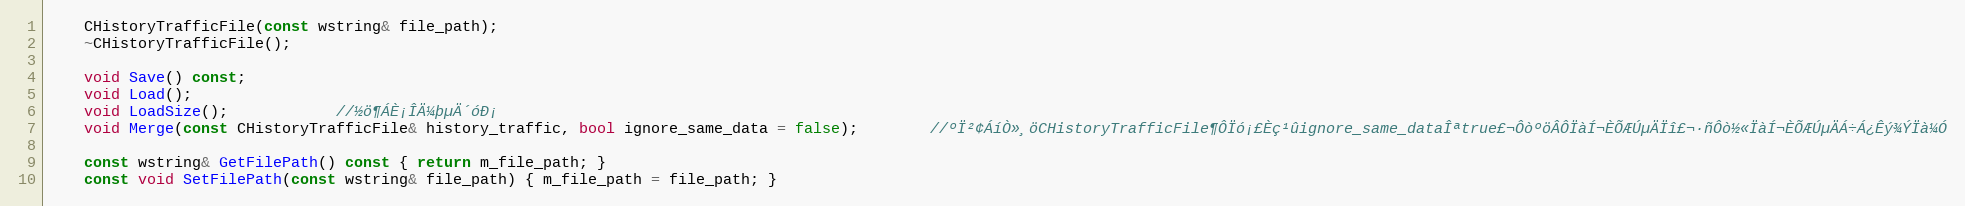
Language: C
	CHistoryTrafficFile(const wstring& file_path);
	~CHistoryTrafficFile();

	void Save() const;
	void Load();
	void LoadSize();			//½ö¶ÁÈ¡ÎÄ¼þµÄ´óÐ¡
	void Merge(const CHistoryTrafficFile& history_traffic, bool ignore_same_data = false);		//ºÏ²¢ÁíÒ»¸öCHistoryTrafficFile¶ÔÏó¡£Èç¹ûignore_same_dataÎªtrue£¬ÔòºöÂÔÏàÍ¬ÈÕÆÚµÄÏî£¬·ñÔò½«ÏàÍ¬ÈÕÆÚµÄÁ÷Á¿Êý¾ÝÏà¼Ó

	const wstring& GetFilePath() const { return m_file_path; }
	const void SetFilePath(const wstring& file_path) { m_file_path = file_path; }